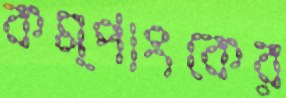
কম্পাংকের